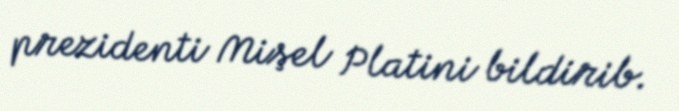
prezidenti Mişel Platini bildirib.